Indian journal of veterinary science and animal husbandry - Volume 4,
Year: 1934
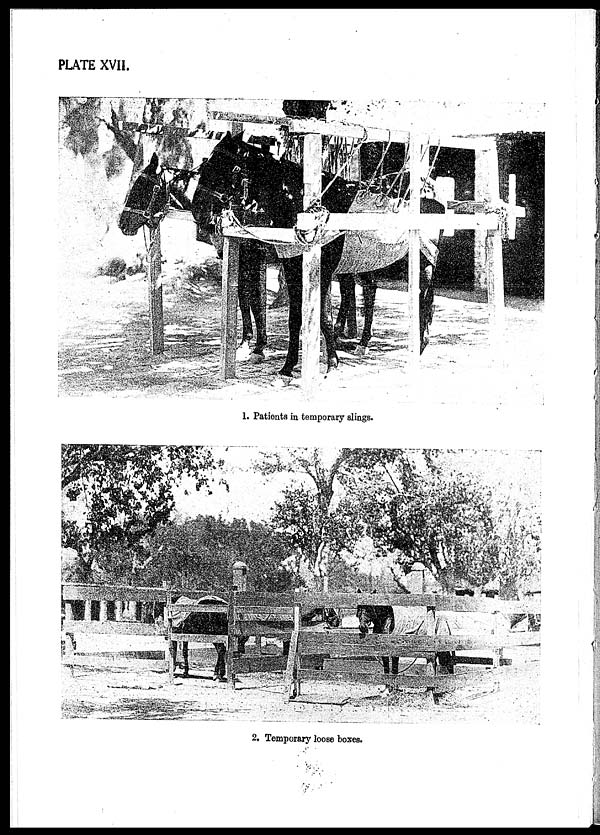
PLATE XVII.
1. Patients in temporary slings.
2. Temporary loose boxes.